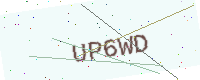
Text: UP6WD